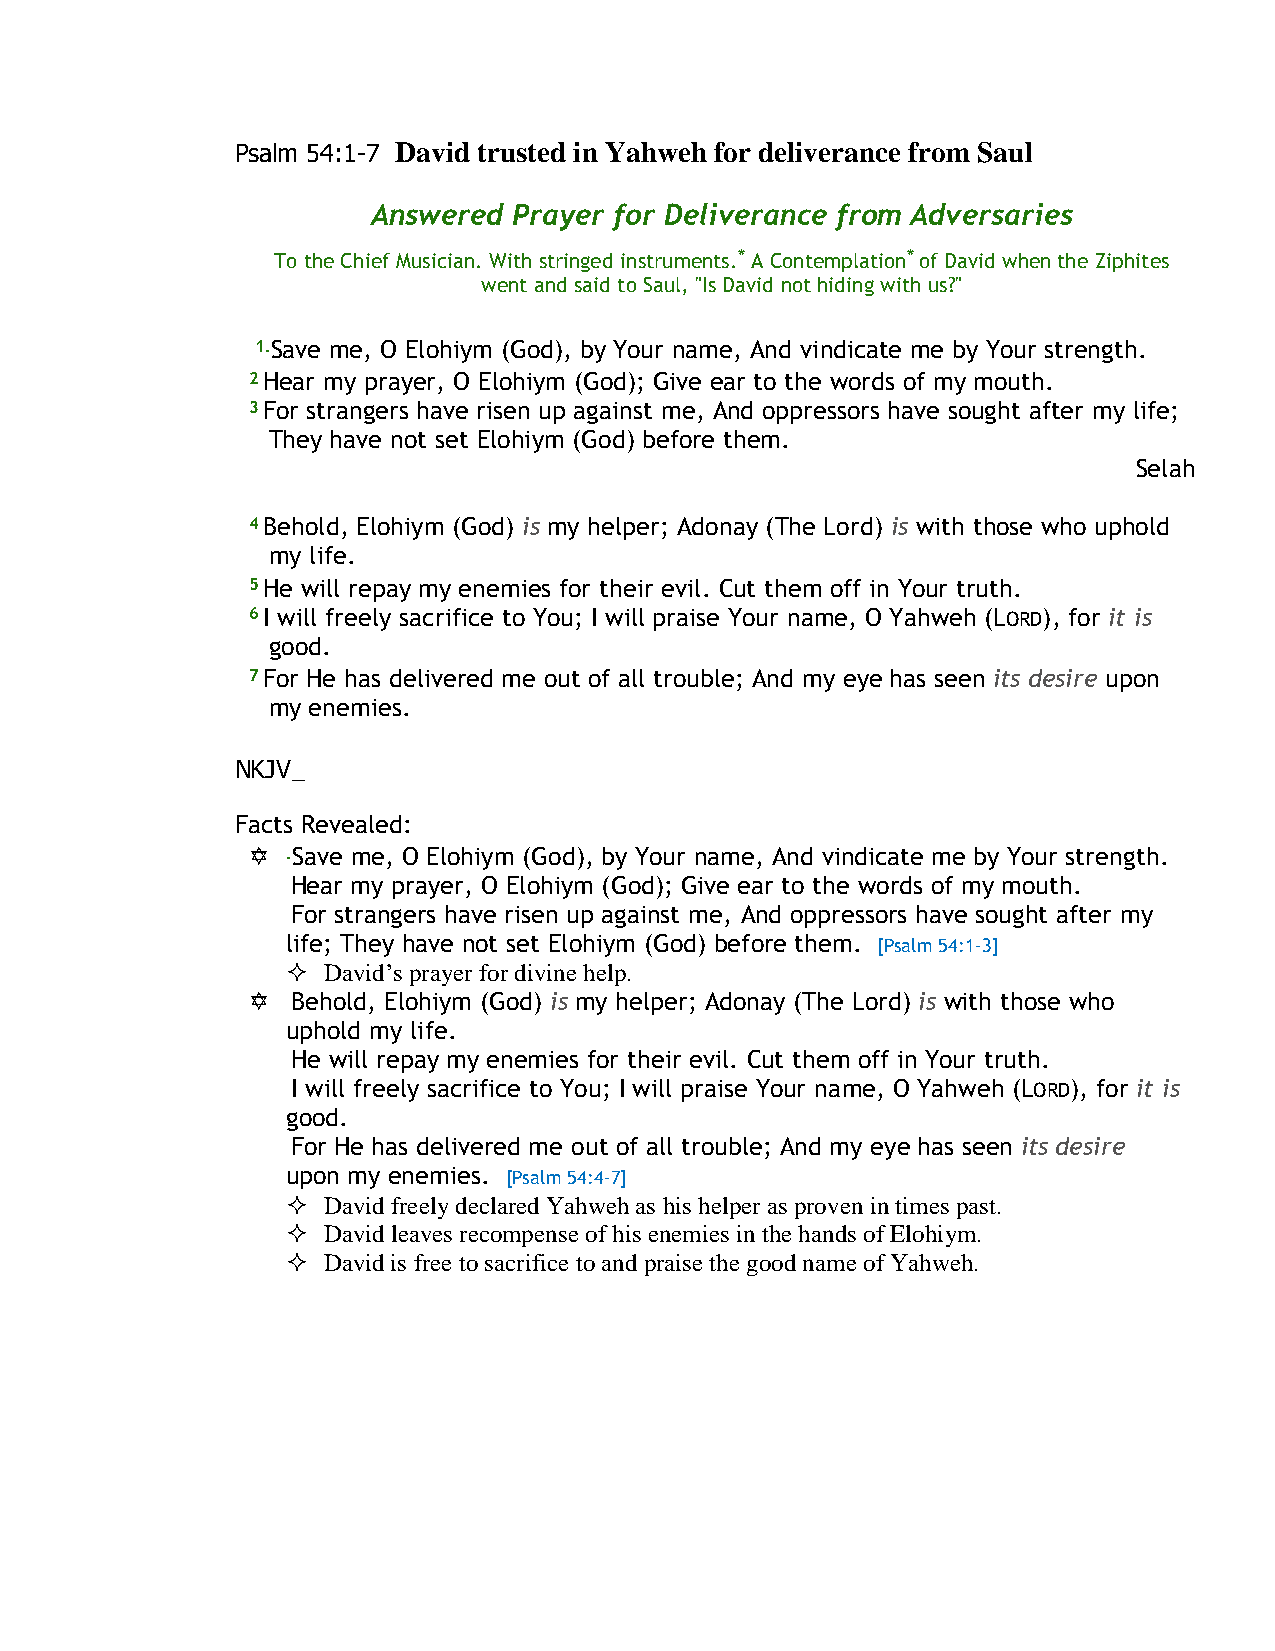
Psalm 54:1-7 David trusted in Yahweh for deliverance from Saul
 Answered Prayer for Deliverance from Adversaries
 To the Chief Musician. With stringed instruments.* A Contemplation* of David when the Ziphites
 went and said to Saul, "Is David not hiding with us?"
 1.Save me, O Elohiym (God), by Your name, And vindicate me by Your strength.
 2 Hear my prayer, O Elohiym (God); Give ear to the words of my mouth.
 3 For strangers have risen up against me, And oppressors have sought after my life;
 They have not set Elohiym (God) before them.
 Selah
 4Behold, Elohiym (God) is my helper; Adonay (The Lord) is with those who uphold
 my life.
 5 He will repay my enemies for their evil. Cut them off in Your truth.
 6 I will freely sacrifice to You; I will praise Your name, O Yahweh (LORD), for it is
 good.
 7 For He has delivered me out of all trouble; And my eye has seen its desire upon
 my enemies.
 NKJV_
 Facts Revealed:
   .Save me, O Elohiym (God), by Your name, And vindicate me by Your strength.
 Hear my prayer, O Elohiym (God); Give ear to the words of my mouth.
 For strangers have risen up against me, And oppressors have sought after my
 life; They have not set Elohiym (God) before them. [Psalm 54:1-3]
  David’s prayer for divine help.
   Behold, Elohiym (God) is my helper; Adonay (The Lord) is with those who
 uphold my life.
 He will repay my enemies for their evil. Cut them off in Your truth.
 I will freely sacrifice to You; I will praise Your name, O Yahweh (LORD), for it is
 good.
 For He has delivered me out of all trouble; And my eye has seen its desire
 upon my enemies. [Psalm 54:4-7]
  David freely declared Yahweh as his helper as proven in times past.
  David leaves recompense of his enemies in the hands of Elohiym.
  David is free to sacrifice to and praise the good name of Yahweh.